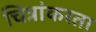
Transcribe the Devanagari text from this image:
चित्रांकरता